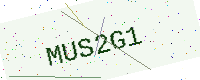
Text: MUS2G1